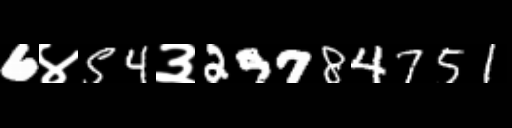
Text: 6४54३29784751